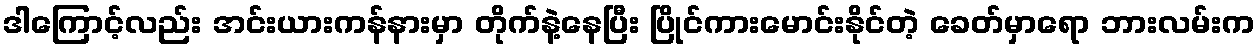
ဒါကြောင့်လည်း အင်းယားကန်နားမှာ တိုက်နဲ့နေပြီး ပြိုင်ကားမောင်းနိုင်တဲ့ ခေတ်မှာရော ဘားလမ်းက